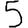
Digit: 5